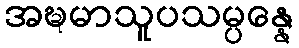
အဍ္ဎမာသူပသမ္ပန္နေ